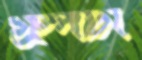
গ্রুপটা